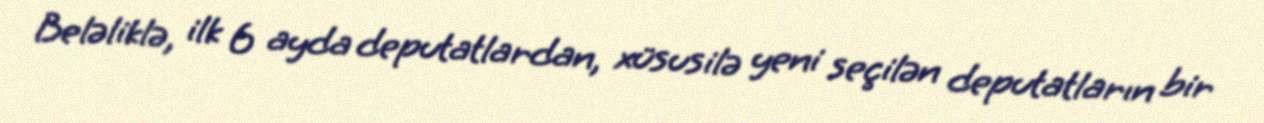
Beləliklə, ilk 6 ayda deputatlardan, xüsusilə yeni seçilən deputatların bir